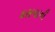
દસમાની